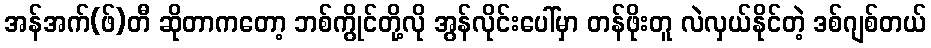
အန်အက်(ဖ်)တီ ဆိုတာကတော့ ဘစ်ကွိုင်တို့လို အွန်လိုင်းပေါ်မှာ တန်ဖိုးတူ လဲလှယ်နိုင်တဲ့ ဒစ်ဂျစ်တယ်